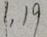
1 , 1 9